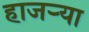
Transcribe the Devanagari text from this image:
हाजर्‍या